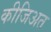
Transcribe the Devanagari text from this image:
कीजिअत